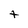
Character: t